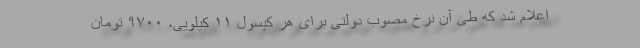
اعلام شد که طی آن نرخ مصوب دولتی برای هر کپسول ۱۱ کیلویی، ۹۷۰۰ تومان